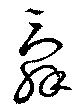
辭